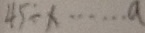
4 5 \div x \cdots a